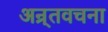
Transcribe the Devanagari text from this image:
अन्र्तवचना